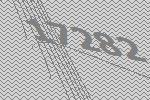
17282